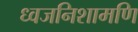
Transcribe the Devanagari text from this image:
ध्वजनिशामणि